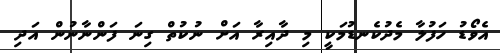
އެވޯޑު ހަފުލާ މެދުކެނޑުމަކީ މި ދާއިރާ އަށް ނުކުތް ގިނަ ފަންނާނުން އަދި